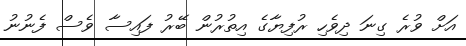
އަށް ވުރެ ގިނަ ދިވެހި ރުފިޔާގެ އިތުރުން ބޭރު ފައިސާ ވެސް ފެނުނު